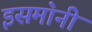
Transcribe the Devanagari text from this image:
इसमा॓नी